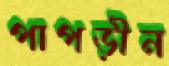
পাপড়ীন